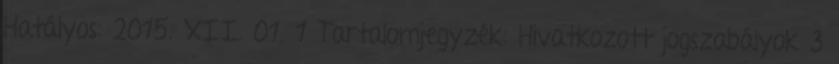
Hatályos: 2015. XII. 01. 1 Tartalomjegyzék: Hivatkozott jogszabályok 3